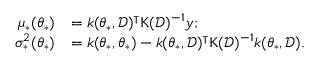
\begin{array} { r l } { \mu _ { * } ( \boldsymbol { \theta } _ { * } ) } & { = \boldsymbol { k } ( \boldsymbol { \theta } _ { * } , \mathcal { D } ) ^ { \intercal } \boldsymbol { \mathrm { K } } ( \mathcal { D } ) ^ { - 1 } \boldsymbol { y } ; } \\ { \sigma _ { * } ^ { 2 } ( \boldsymbol { \theta } _ { * } ) } & { = k ( \boldsymbol { \theta } _ { * } , \boldsymbol { \theta } _ { * } ) - \boldsymbol { k } ( \boldsymbol { \theta } _ { * } , \mathcal { D } ) ^ { \intercal } \boldsymbol { \mathrm { K } } ( \mathcal { D } ) ^ { - 1 } \boldsymbol { k } ( \boldsymbol { \theta } _ { * } , \mathcal { D } ) . } \end{array}